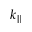
k _ { \parallel }